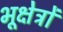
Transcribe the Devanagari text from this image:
भूक्षेत्रों